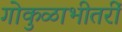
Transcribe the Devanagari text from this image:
गोकुळाभीतरीं